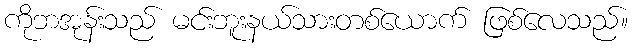
ကိုဘအုန်းသည် မင်းဘူးနယ်သားတစ်ယောက် ဖြစ်လေသည်။